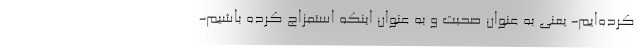
کرده‌ایم- یعنی به عنوان صحبت و به عنوان اینکه استمزاج کرده باشیم-